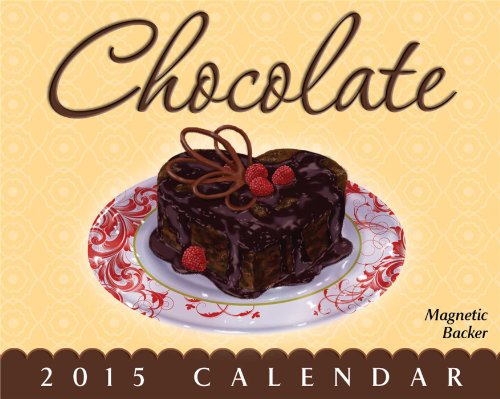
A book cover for Chocolate 2015 Mini Day-to-Day Calendar; Andrews McMeel Publishing LLC; Calendars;